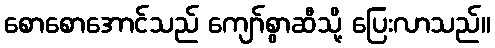
စောစောအောင်သည် ကျော်စွာဆီသို့ ပြေးလာသည်။